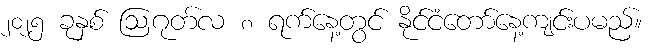
၂၀၂၅ ခုနှစ် ဩဂုတ်လ ၈ ရက်နေ့တွင် နိုင်ငံတော်နေ့ကျင်းပမည်။